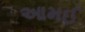
આમઈ